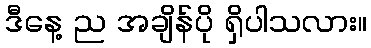
ဒီနေ့ ည အချိန်ပို ရှိပါသလား။